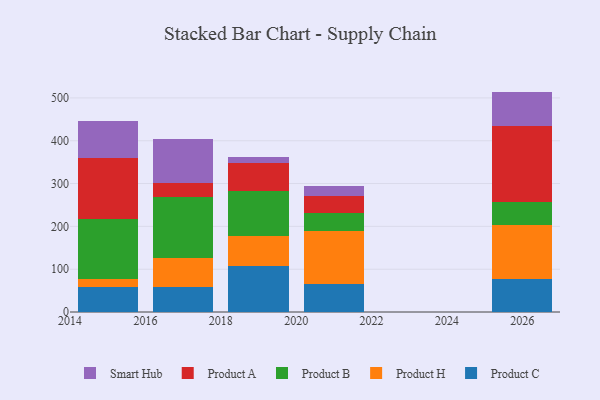
{"axis": {"x": "Year", "y": "Active Users"}, "legend": ["Product A", "Product B", "Product C", "Product H", "Smart Hub"], "data": [{"x": "2017", "y": 58.0, "type": "Product C"}, {"x": "2017", "y": 67.0, "type": "Product H"}, {"x": "2017", "y": 142.6, "type": "Product B"}, {"x": "2017", "y": 34.2, "type": "Product A"}, {"x": "2017", "y": 102.7, "type": "Smart Hub"}, {"x": "2026", "y": 77.9, "type": "Product C"}, {"x": "2026", "y": 125.0, "type": "Product H"}, {"x": "2026", "y": 55.0, "type": "Product B"}, {"x": "2026", "y": 177.4, "type": "Product A"}, {"x": "2026", "y": 79.5, "type": "Smart Hub"}, {"x": "2021", "y": 65.1, "type": "Product C"}, {"x": "2021", "y": 123.7, "type": "Product H"}, {"x": "2021", "y": 43.6, "type": "Product B"}, {"x": "2021", "y": 39.1, "type": "Product A"}, {"x": "2021", "y": 23.0, "type": "Smart Hub"}, {"x": "2015", "y": 58.9, "type": "Product C"}, {"x": "2015", "y": 18.9, "type": "Product H"}, {"x": "2015", "y": 139.8, "type": "Product B"}, {"x": "2015", "y": 142.0, "type": "Product A"}, {"x": "2015", "y": 85.5, "type": "Smart Hub"}, {"x": "2019", "y": 107.0, "type": "Product C"}, {"x": "2019", "y": 69.5, "type": "Product H"}, {"x": "2019", "y": 107.0, "type": "Product B"}, {"x": "2019", "y": 64.9, "type": "Product A"}, {"x": "2019", "y": 12.5, "type": "Smart Hub"}]}